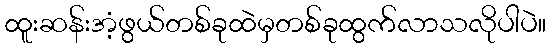
ထူးဆန်းအံ့ဖွယ်တစ်ခုထဲမှတစ်ခုထွက်လာသလိုပါပဲ။